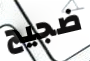
ضجيج